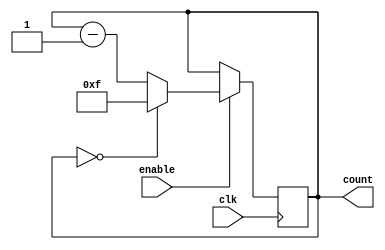
module binary_down_counter_with_enable(
    input wire clk,
    input wire enable,
    output reg [3:0] count // Assuming 4-bit counter
);

always @(posedge clk) begin
    if(enable) begin
        if(count == 0) begin
            count <= 15; // Initialize to maximum value
        end else begin
            count <= count - 1;
        end
    end
end

endmodule